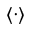
\langle \cdot \rangle